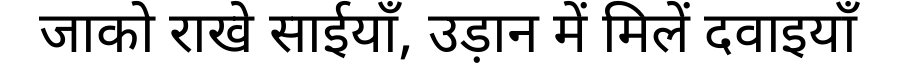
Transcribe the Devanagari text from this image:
जाको राखे साईयाँ, उड़ान में मिलें दवाइयाँ